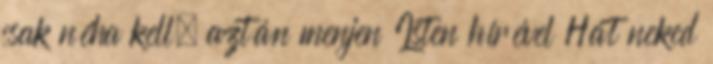
csak néha kell, aztán menjen Isten hírével Hát neked